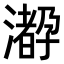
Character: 𤁛